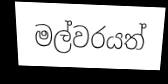
මල්වරයත්